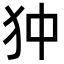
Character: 狆